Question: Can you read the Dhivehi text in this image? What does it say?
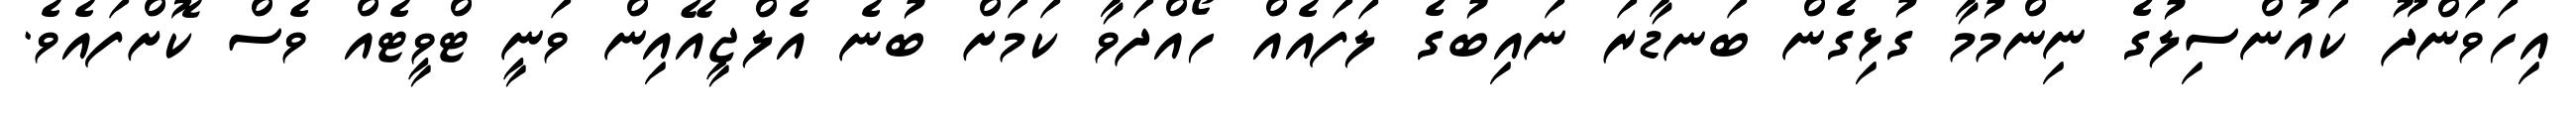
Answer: އިހަވަންދޫ ކައުންސިލުގެ ނިންމުމާ ގުޅިގެން ބަނޑާރަ ނައިބުގެ ލަފައެއް ހޯއްދަވާ ކަމަށް ބުނެ އެލްޖީއޭއިން ވަނީ ޓްވީޓެއް ވެސް ކޮށްފައެވެ.